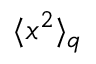
\langle x ^ { 2 } \rangle _ { q }